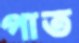
পাত